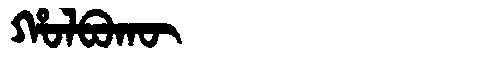
Manchu: ᡥᠣᠯᠪᠣᡴᡡ
Romanization: HOLBOKŪ